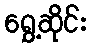
ရွှေ့ဆိုင်း